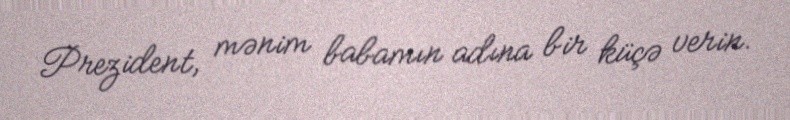
Prezident, mənim babamın adına bir küçə verin.